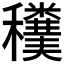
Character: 𥤄